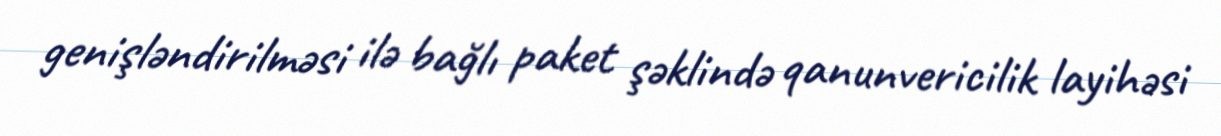
genişləndirilməsi ilə bağlı paket şəklində qanunvericilik layihəsi